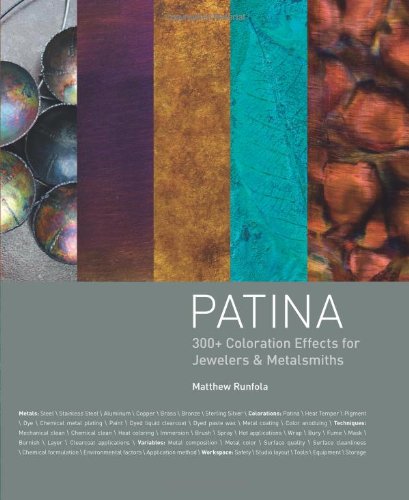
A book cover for Patina: 300+ Coloration Effects for Jewelers & Metalsmiths; Matthew Runfola; Crafts, Hobbies & Home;